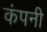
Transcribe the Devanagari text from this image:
कंपनी